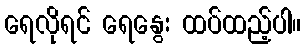
ရေလိုရင် ရေနွေး ထပ်ထည့်ပါ။